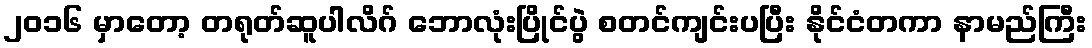
၂၀၁၆ မှာတော့ တရုတ်ဆူပါလိဂ် ဘောလုံးပြိုင်ပွဲ စတင်ကျင်းပပြီး နိုင်ငံတကာ နာမည်ကြီး